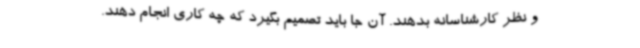
و نظر کارشناسانه بدهند. آن جا باید تصمیم بگیرد که چه کاری انجام دهند.